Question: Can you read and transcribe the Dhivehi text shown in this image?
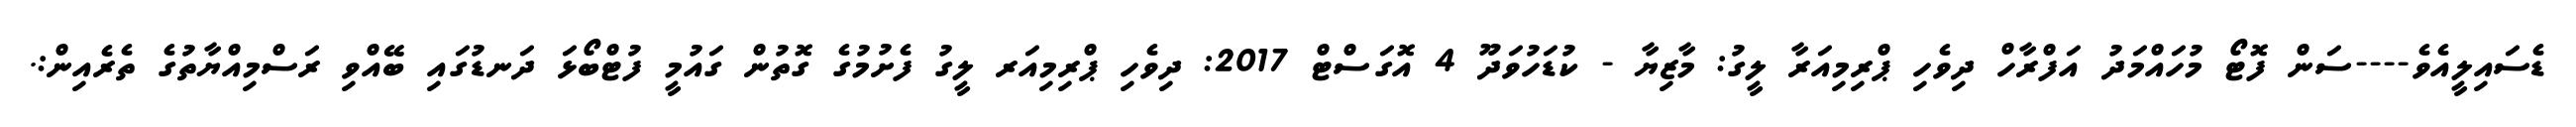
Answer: ޑެސައިލީއެވެ----ސަން ފޮޓޯ މުހައްމަދު އަފްރާހް ދިވެހި ޕްރިމިއަރާ ލީގު: މާޒިޔާ - ކުޑަހުވަދޫ 4 އޮގަސްޓް 2017: ދިވެހި ޕްރިމިއަރ ލީގު ފެށުމުގެ ގޮތުން ގައުމީ ފުޓްބޯޅަ ދަނޑުގައި ބޭއްވި ރަސްމިއްޔާތުގެ ތެރެއިން:.